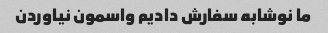
ما نوشابه سفارش دادیم واسمون نیاوردن